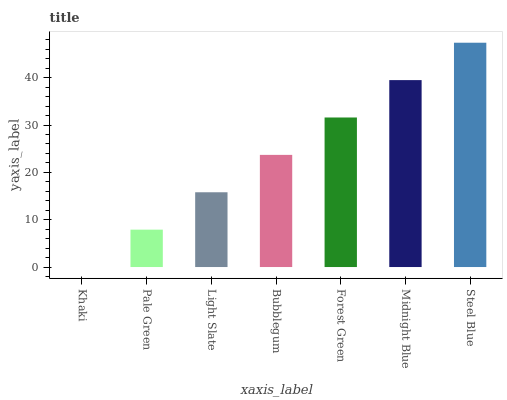
| xaxis_label | bars |
 | --- | --- |
 | Khaki | 0 |
 | Pale Green | 7.9 |
 | Light Slate | 15.8 |
 | Bubblegum | 23.7 |
 | Forest Green | 31.6 |
 | Midnight Blue | 39.5 |
 | Steel Blue | 47.4 |